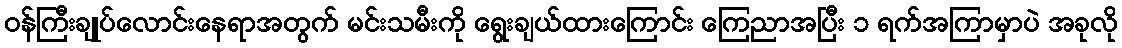
၀န်ကြီးချုပ်လောင်းနေရာအတွက် မင်းသမီးကို ရွေးချယ်ထားကြောင်း ကြေညာအပြီး ၁ ရက်အကြာမှာပဲ အခုလို